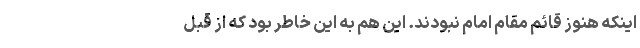
اینکه هنوز قائم مقام امام نبودند. این هم به این خاطر بود که از قبل